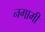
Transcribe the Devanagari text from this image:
नगामी